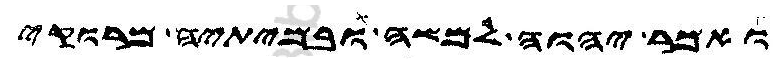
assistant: ואמר יהוה למשה ובמיתיה מרוקי